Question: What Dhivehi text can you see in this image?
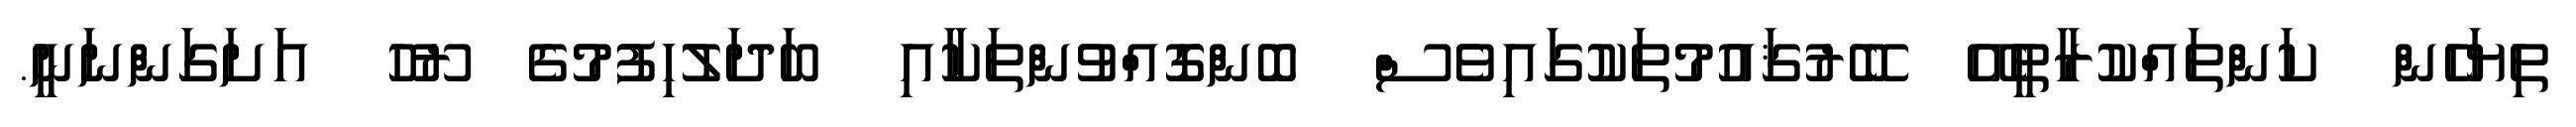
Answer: ތިޔަހެން ކަންތައްކުރާތީއޭ ބޭރުޤައުމުތަކުގައިވެސް ބޮންގޮއްވުންތަކާއި ބަދަލުހިފުމުގެ ރޫހު އަށަގަންނަނީ.